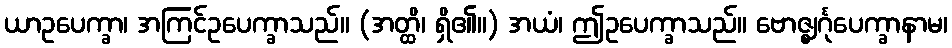
ယာဥပေက္ခာ၊ အကြင်ဥပေက္ခာသည်။ (အတ္ထိ၊ ရှိ၏။) အယံ၊ ဤဥပေက္ခာသည်။ ဗောဇ္ဈင်္ဂုပေက္ခာနာမ၊